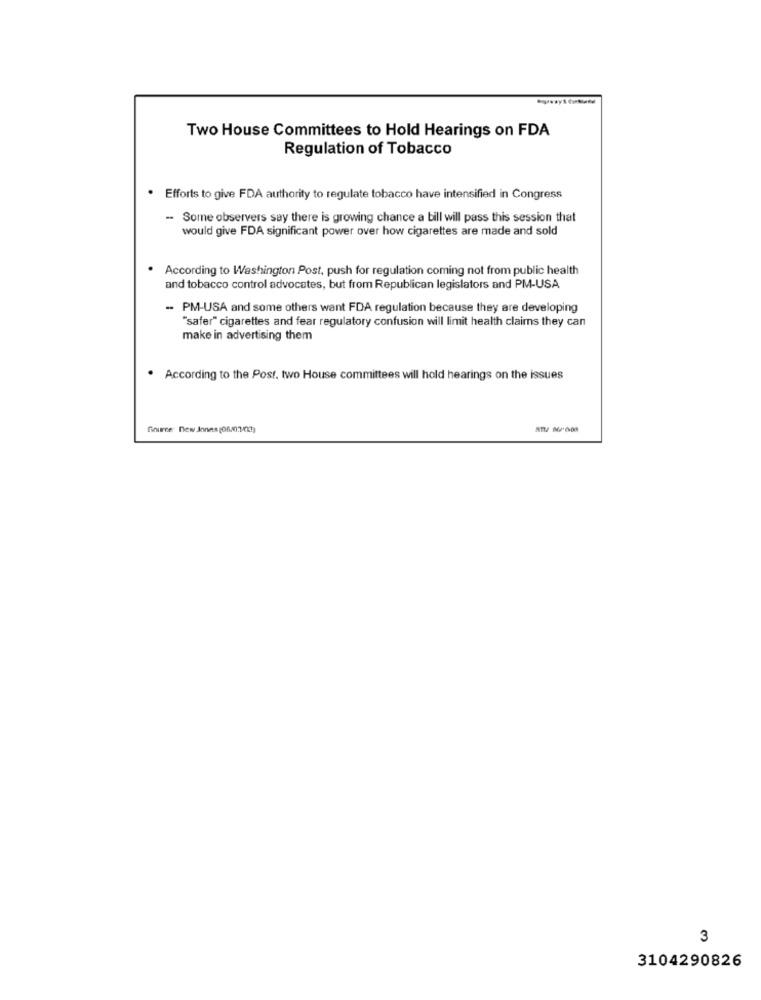
Two House Committees to Hold Hearings on FDA
Regulation of Tobacco
Efforts to give FDA authority to regulate tobacco have intensified in Congress
-
Some observers say there is growing chance a bill will pass this session that
would give FDA significant power over how cigarettes are made and sold
According to Washington Post, push for regulation coming not from public health
and tobacco control advocates, but from Republican legislators and PM-USA
- PM-USA and some others want FDA regulation because they are developing
"safer" cigarettes and fear regulatory confusion will limit health claims they can
make in advertising them
. According to the Post, two House committees will hold hearings on the issues
Source: new Jones (06/03/03)
3
3104290826